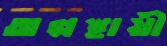
অল্পস্থায়ী